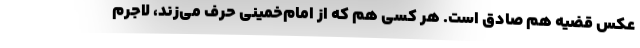
عکس قضیه هم صادق است. هر کسی هم که از امام‌خمینی حرف می‌زند، لاجرم